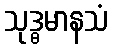
သုဒ္ဓမာနသံ